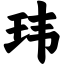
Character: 玮